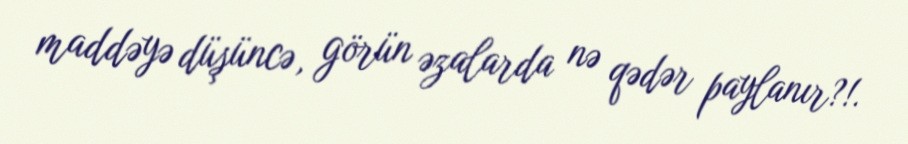
maddəyə düşüncə, görün əzalarda nə qədər paylanır?!.